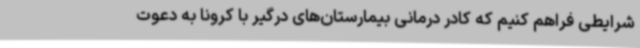
شرایطی فراهم کنیم که کادر درمانی بیمارستان‌های درگیر با کرونا به دعوت